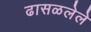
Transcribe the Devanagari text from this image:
ढासळलेले